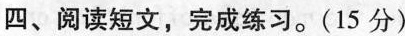
四、阅读短文,完成练习。(15 分)